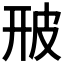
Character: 𤿐